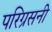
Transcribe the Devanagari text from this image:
परिग्रसनी